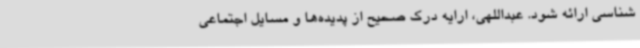
‌شناسی ارائه شود. عبداللهی، ارایه درک صحیح از پدیده‌ها و مسایل اجتماعی